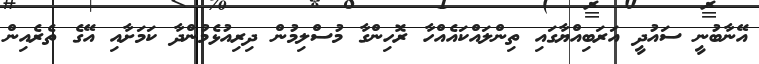
އޭނާބުނީ ސައުދީ އަރަބިއްޔާގައި ތިންލައްކައެއްހާ ރޮހިންގާ މުސްލިމުން ދިރިއުޅެމުންދާ ކަމަށާއި އޭގެ ތެރެއިން